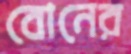
বোনের